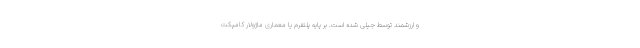
و ارزشمند توسط جیلی شده است. بر پایه پلتفرم یا معماری ماژولار کامپکت